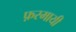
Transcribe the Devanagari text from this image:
फ़रमायी